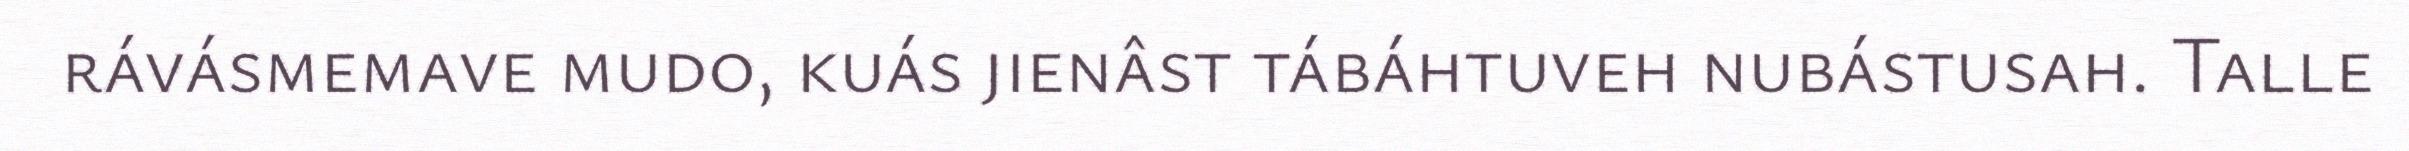
rávásmemave mudo, kuás jienâst tábáhtuveh nubástusah. Talle